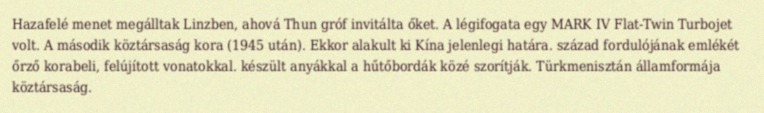
Hazafelé menet megálltak Linzben, ahová Thun gróf invitálta őket. A légifogata egy MARK IV Flat-Twin Turbojet volt. A második köztársaság kora (1945 után). Ekkor alakult ki Kína jelenlegi határa. század fordulójának emlékét őrző korabeli, felújított vonatokkal. készült anyákkal a hűtőbordák közé szorítják. Türkmenisztán államformája köztársaság.